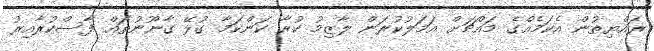
ރައްޔިތުން އެކަމެއްގެ މައްޗަށް އަމަލުކުރަން ލާޒިމު ކުރާ ކަންކަމާ ގުޅޭ ގާނޫނުތައް ފާސްކުރާއިރު